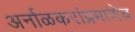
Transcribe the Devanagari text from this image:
अर्नाळकरांप्रमाणेच